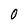
Character: 0